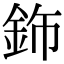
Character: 鉓